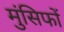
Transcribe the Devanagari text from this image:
मुंसिफों